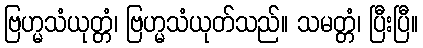
ဗြဟ္မသံယုတ္တံ၊ ဗြဟ္မသံယုတ်သည်။ သမတ္တံ၊ ပြီးပြီ။